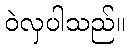
ဝဲလှပါသည်။